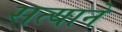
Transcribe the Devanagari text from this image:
सत्याने